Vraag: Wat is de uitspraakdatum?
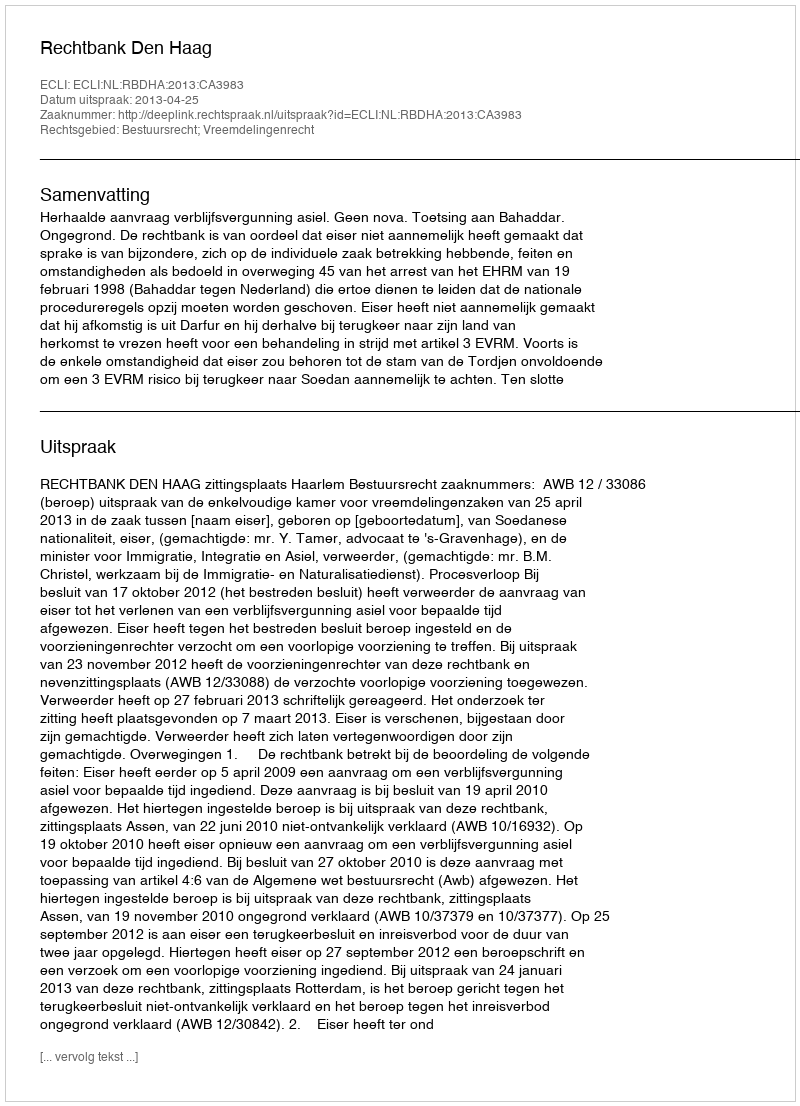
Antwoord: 2013-04-25